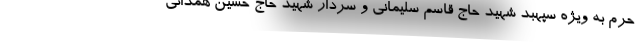
حرم به ویژه سپهبد شهید حاج قاسم سلیمانی و سردار شهید حاج حسین همدانی